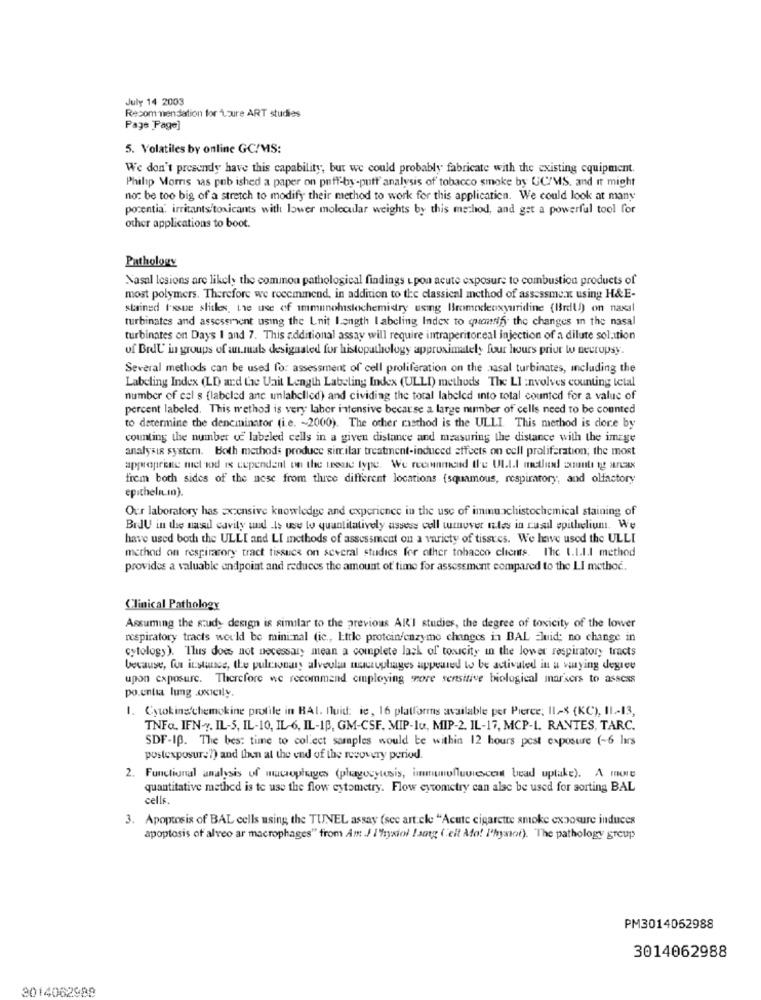
July 14 2003
Recommendation for Loure ART studies
Page Page]
5. Volatiles by online GC/MS:
We don't presendy have this capability, but we could probably fabricate with the existing equipment.
Philip Morris was pub ished a paper on puff-by-putt analysis of tobacco smoke by UC/MS. and it might
no: be too big of a stretch to modify their method to work for this application. We could look at many
porentia. irritants toxicants with lower molecular weights by this method, and get a powerful tool for
other applications to boot.
Pathology
Nasal lesions are likely the common pathological findings upon acute exposure to combustion products of
most polymers. Therefore we rocemmend, in addition to the classical method of assessment using H&E-
stained Issue slitles, the use of immunohistochemidry using Bromodeoxyuridine (Birdl)) on naxal
turbinates and assessment using the Lnit length labeling Index to quantify the changes in the nasal
turbinates on Days I and 7. This additional assay will require intraperitoneal injection of a dilute solution
of Brdl' in groups of an.mabs designated for histopathology approximately four hours prior w necropsy.
Several methods can be used for assessment of cell proliferation on the aasal turbinates, including the
Labeling Index (LD ard tae Uait Length Labeling Index (ULLI) methods The LI :nvolves counting letal
number of cel s [labeled ane unlabelled) and cividing the total labeled into total counted for a value of
percent labeled. This method is very labor intensive because a large number of cells need to be counted
to determine the dencininator (i.e. ~ 2000). The other method is the ULLI. This method is dore by
counting the number of labeled cells in a given distance and measuring the distance with the image
analysis system. Both methods produce similar treatment-induced effects on cell proliferation; the most
approprente mel rod is cependant on the teeale type. We recommend the UL.I.I metlen aumulig rax
frem both sides of the nese from three different locations {squamous, respiratory, and olfactory
epithelium).
Our laboratory has Extensive knowledge and experience in the use of immunchistochemical staining of
BrJU in the nasil cavity und Is use to quantitatively assess coll wover les in casual epithelium. We
have used both the ULLI and LI methods of assessment on a variety of tissues. We have used the ULLI
method on respiratory tract tissues on several studies for other tobacco clients. Inc I.L.I.I method
provides a valuable endpoint and reduces the amount of time for assessment compared to the LI method.
Clinical Pathology
Assuming the study design is similar to the previous ARI studies, the degree of toxicity of the lower
respiratory tracts would be mini-nal (ic ., Ettle protein/enzyme changes in BAL Fluid; no change in
cytology). Thus does not necessary mean a complete lack of toxicity in the lower respiratory tracts
because, for instance, the pulmonary alveola macrophages appeared to be activated in a waying degree
upon exposure. Therefore we recommend employing more sensitive biological mar'sers to assess
po.entia lung .oxicily.
1. Cytokine'chemokine profile in BAI. Nuid: ie, 16 platforms available per Pierce, Il-X (KC), 11 .- 13,
TNFa. IFN -?. IL-5, IL-10, IL-6, IL-1B. GM-CSF. MIP-Iu, MIP-2. IL-17, MCP-L. RANTES, TARC.
SDF-IB. The bes: time to collect samples would be within 12 hours post exposure (~6 hrs
postexposure?) and then at the end of the recovery period.
2. Functional analysis of macrophages (phagocytosis, immunofluorescent bead uptake). A more
quantitative method is to use the flow cytometry. Flow cytometry can alsc be used for sorting BAL
cells.
3. Apoptosis of BAL cells using the TUNEL assay (see article "Acute cigarette smoke exposure induces
apoptosis of alveo ar macrophages" from Am J I'htysiol ! sogg (elt Afo! I'hysict). The pathology group
PM3014052988
3014062988
3014062988